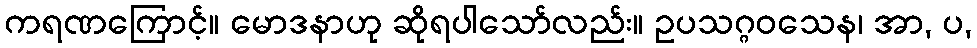
ကရဏကြောင့်။ မောဒနာဟု ဆိုရပါသော်လည်း။ ဥပသဂ္ဂဝသေန၊ အာ, ပ,